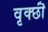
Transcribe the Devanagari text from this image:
वृक्छॊं